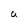
Character: U